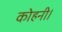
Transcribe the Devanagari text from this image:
कोहनी।